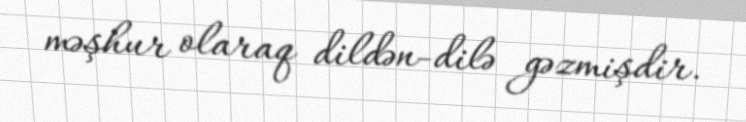
məşhur olaraq dildən-dilə gəzmişdir.